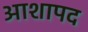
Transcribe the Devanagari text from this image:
आशापद